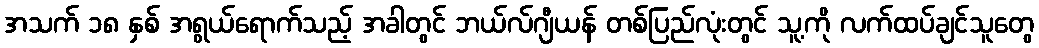
အသက် ၁၈ နှစ် အရွယ်ရောက်သည့် အခါတွင် ဘယ်လ်ဂျီယန် တစ်ပြည်လုံးတွင် သူ့ကို လက်ထပ်ချင်သူတွေ